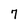
Character: 7